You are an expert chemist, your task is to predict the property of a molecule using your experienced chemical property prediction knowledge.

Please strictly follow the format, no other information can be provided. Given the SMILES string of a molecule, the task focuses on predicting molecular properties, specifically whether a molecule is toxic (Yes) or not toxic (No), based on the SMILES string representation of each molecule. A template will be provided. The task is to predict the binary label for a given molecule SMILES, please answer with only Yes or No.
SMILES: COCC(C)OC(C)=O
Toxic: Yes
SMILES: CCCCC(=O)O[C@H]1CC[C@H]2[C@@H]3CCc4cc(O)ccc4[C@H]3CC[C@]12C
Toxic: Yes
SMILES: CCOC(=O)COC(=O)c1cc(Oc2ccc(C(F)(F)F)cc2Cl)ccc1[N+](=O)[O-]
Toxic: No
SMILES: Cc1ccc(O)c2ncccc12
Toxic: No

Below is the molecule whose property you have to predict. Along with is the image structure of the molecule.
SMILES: c1ccc(SCCSc2ccccc2)cc1
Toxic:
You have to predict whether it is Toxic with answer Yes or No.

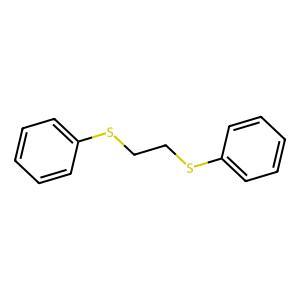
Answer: No